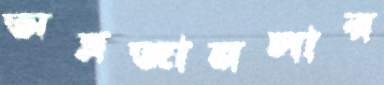
অম্লজানসার